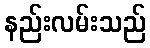
နည်းလမ်းသည်